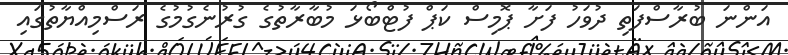
އަންނަ ބުރާސްފަތި ދުވަހު ފަށާ ޕޮމިސް ކަޕް ފުޓްބޯޅަ މުބާރާތުގެ ގުރުނެގުމުގެ ރަސްމިއްޔާތުގައި